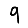
Digit: 9